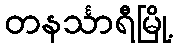
တနင်္သာရီမြို့